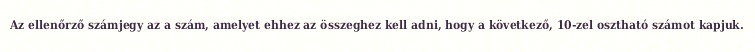
Az ellenőrző számjegy az a szám, amelyet ehhez az összeghez kell adni, hogy a következő, 10-zel osztható számot kapjuk.